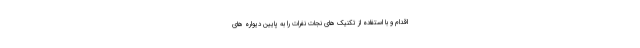
اقدام و با استفاده از تکنیک های نجات نفرات را به پایین دیواره های